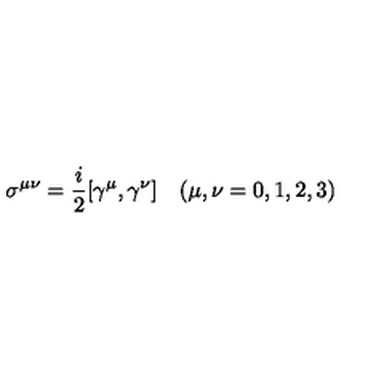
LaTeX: \sigma ^ { \mu \nu } = \frac { i } { 2 } [ \gamma ^ { \mu } , \gamma ^ { \nu } ] \quad ( \mu , \nu = 0 , 1 , 2 , 3 )